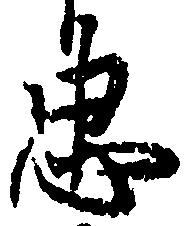
忠